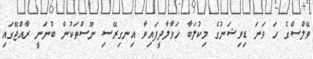
ވޭލްސްގެ ހަ ވަނަ ޑިވިޝަނުގެ މިކުލަބާ ހަވާލާދީފައިވާ އިނގިރޭސި ނޫސްތަކުން ބުނަނީ ރާއްޖޭގައި